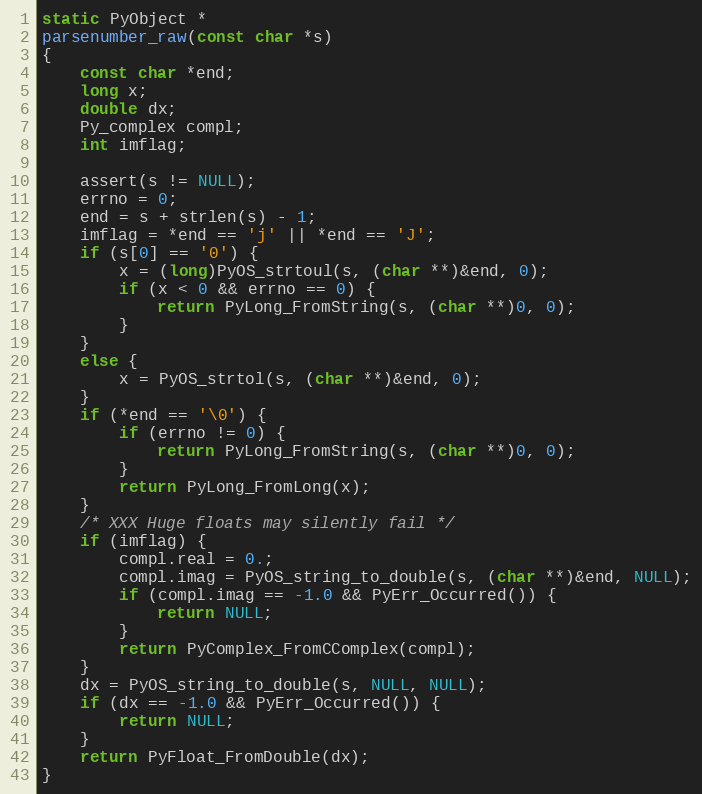
Language: C
static PyObject *
parsenumber_raw(const char *s)
{
    const char *end;
    long x;
    double dx;
    Py_complex compl;
    int imflag;

    assert(s != NULL);
    errno = 0;
    end = s + strlen(s) - 1;
    imflag = *end == 'j' || *end == 'J';
    if (s[0] == '0') {
        x = (long)PyOS_strtoul(s, (char **)&end, 0);
        if (x < 0 && errno == 0) {
            return PyLong_FromString(s, (char **)0, 0);
        }
    }
    else {
        x = PyOS_strtol(s, (char **)&end, 0);
    }
    if (*end == '\0') {
        if (errno != 0) {
            return PyLong_FromString(s, (char **)0, 0);
        }
        return PyLong_FromLong(x);
    }
    /* XXX Huge floats may silently fail */
    if (imflag) {
        compl.real = 0.;
        compl.imag = PyOS_string_to_double(s, (char **)&end, NULL);
        if (compl.imag == -1.0 && PyErr_Occurred()) {
            return NULL;
        }
        return PyComplex_FromCComplex(compl);
    }
    dx = PyOS_string_to_double(s, NULL, NULL);
    if (dx == -1.0 && PyErr_Occurred()) {
        return NULL;
    }
    return PyFloat_FromDouble(dx);
}